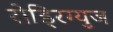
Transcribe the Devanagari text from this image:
रोड्रिग्युज